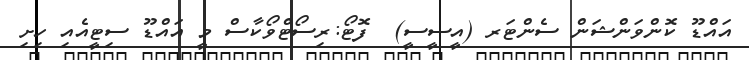
އައްޑޫ ކޮންވަންޝަން ސެންޓަރ (އީސީސީ)  ފޮޓޯ:ރިސޯޓްވޯކާސް މީ އައްޑޫ ސިޓީއެއި ހިށި